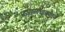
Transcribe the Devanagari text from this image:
प्रजासत्ताकदिन